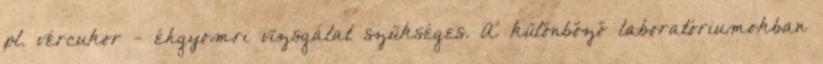
pl. vércukor - éhgyomri vizsgálat szükséges. A különböző laboratóriumokban